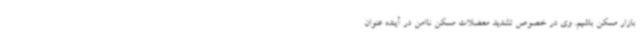
بازار مسکن باشیم. وی در خصوص تشدید معضلات مسکن ناامن در آینده عنوان